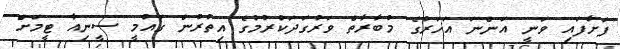
ފަށާފައި ވަނީ އަންނަ އަހަރުގެ މުބާރާތް ވަރުގަދަކުރުމުގެ އިތުރުން ގައުމީ ސީނިއާ ޓީމަށް